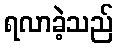
ရလာခဲ့သည်